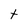
Character: t